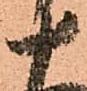
十